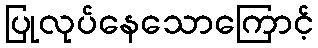
ပြုလုပ်နေသောကြောင့်